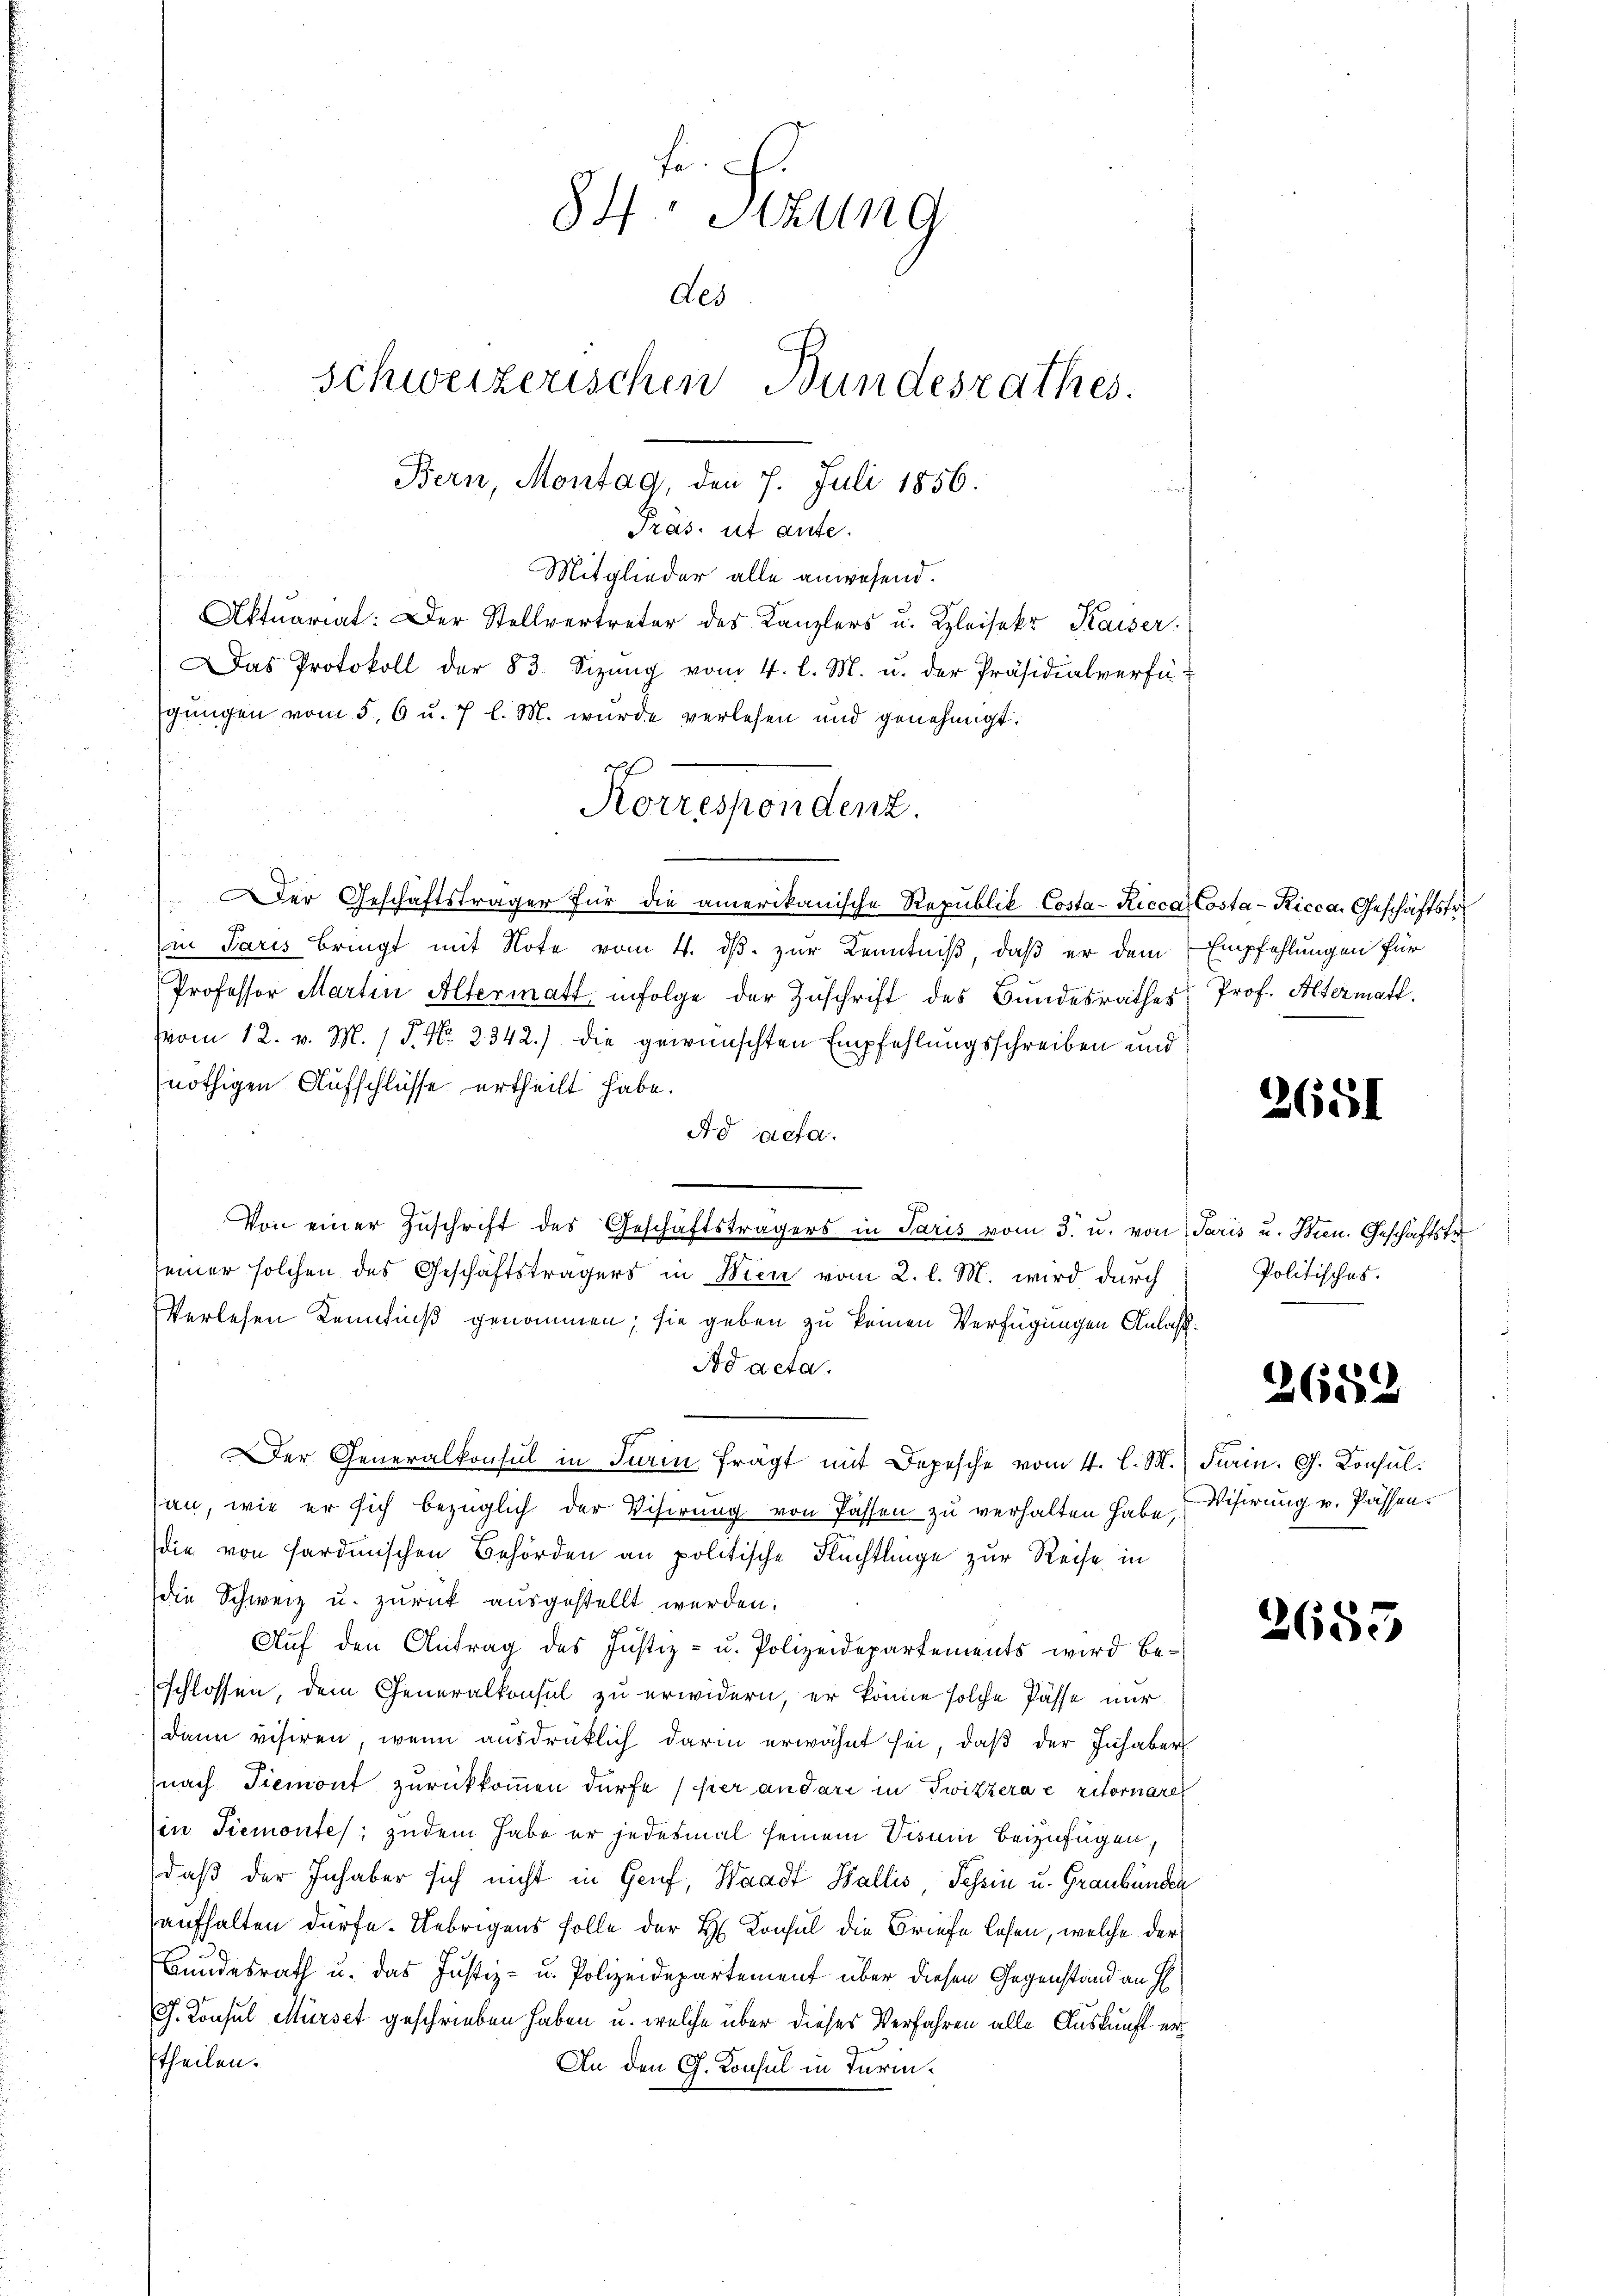
84: Sitzung
des
schweizerischen Bundesrathes.
Bern, Montag, den 7. Juli 1856.

Korrespondenz.

Pras. et aute.
u
Mitglieder alle anwesend.
Aktuariat: Der Stellvertreter des Kanzlers u. Kleisekr Kaiser.
Das Protokoll der 83. Sizŭng vom 4. l. M. u. der Präsidialverfü-
gungen vom 5. 6 u. 7 l. M. wurde verlesen und genehmigt.
Der Geschäftsträger für die amerikanische Republik Costa-Ricca Costa-Ricca, Geschäftstr
in Paris bringt mit Note vom 4. ds. zur Kenntniß, daß er dem Empfehlungen für
Professor Martin Altermatt infolge der Zuschrift des Bundesrathes Prof. Altermatt.
vom 12. v. M. / P. Nr. 2342.) die gewünschten Empfehlungsschreiben und
nöthigen Aufschlüsse ertheilt habe.
Ad acta.
Von einer Zuschrift des Geschäftsträgers in Paris vom 3. u. von Paris u. Hrn. Geschäftstr
seiner solchen des Geschäftsträgers in Wien vom 2. l. M. wird durch
Verlesen Kenntniß genommen; sie geben zu keinen Verfügungen Anlaßdd acta.
Der Generalkonsul in Firin frägt mit Depesche vom 4. l. M. darin. G. Konsulsan, wie er sich bezüglich der Visirung von Passen zu verhalten habe, Visirung u. Passendie von sardinischen Behörden an politische Flüchtlinge zur Reise in
die Schweiz u. zurück ausgestellt werden.
Auf den Antrag des Justiz- u. Polizeidepartements wird beschlossen, dem Generalkonsul zu erwidern, er könne solche Pässe nur
dann visiren, wenn ausdrüklich darin erwähnt sei, daß der Inhaber
nach Tiemont zurückkommen dürfe, per andere in Twitzera e ritornare
in Tiemontes; zudem habe er jedesmal seinem Visum beizufügen,
daß der Inhaber sich nicht in Genf, Waadt Wallis Tessin u. Graubünden
aufhalten dürfe. Uebrigens solle der H. Konsul die Briefe lesen, welche der
Bundesrath u. das Justiz- u. Polizeidepartement über diesen Gegenstand an H
C. Konsul Mürset geschrieben haben, u. welche über dieses Verfahren alle Auskunft ertheilen.
An den G. Konsul in Turin.

3651

Politisches.

3682

2653